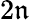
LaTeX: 2\mathfrak{n}